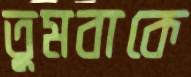
তুমবাকে